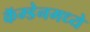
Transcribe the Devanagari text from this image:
कॅम्डेनमध्ये